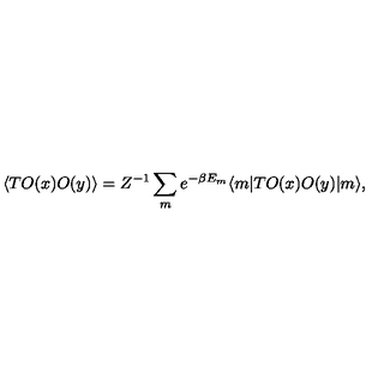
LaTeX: \langle T O ( x ) O ( y ) \rangle = Z ^ { - 1 } \sum _ { m } e ^ { - \beta E _ { m } } \langle m | T O ( x ) O ( y ) | m \rangle ,